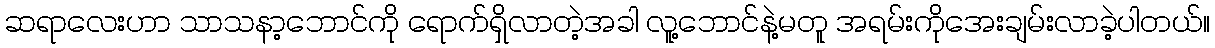
ဆရာလေးဟာ သာသနာ့ဘောင်ကို ရောက်ရှိလာတဲ့အခါ လူ့ဘောင်နဲ့မတူ အရမ်းကိုအေးချမ်းလာခဲ့ပါတယ်။